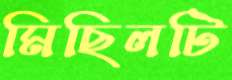
মিছিলটি